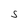
Character: S